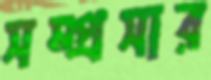
সম্প্রসার